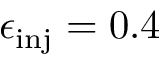
\epsilon _ { \mathrm { i n j } } = 0 . 4